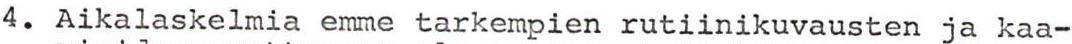
4. Aikalaskelmia emme tärkempien rutiinikuvausten ja kaa-